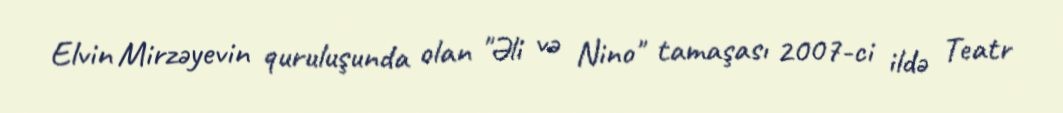
Elvin Mirzəyevin quruluşunda olan "Əli və Nino" tamaşası 2007-ci ildə Teatr